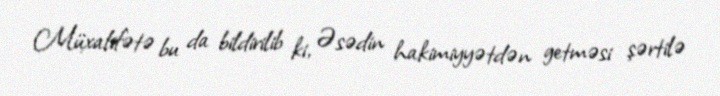
Müxalifətə bu da bildirilib ki, Əsədin hakimiyyətdən getməsi şərtilə